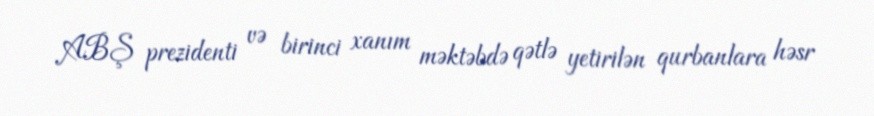
ABŞ prezidenti və birinci xanım məktəbdə qətlə yetirilən qurbanlara həsr